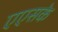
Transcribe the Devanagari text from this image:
एएसके